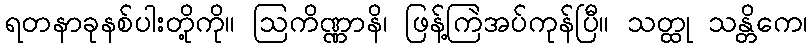
ရတနာခုနစ်ပါးတို့ကို။ ဩကိဏ္ဏာနိ၊ ဖြန့်ကြဲအပ်ကုန်ပြီ။ သတ္ထု သန္တိကေ၊